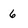
Character: 6